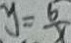
y = \frac { 6 } { x }